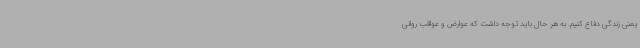
یعنی زندگی دفاع کنیم. به هر حال باید توجه داشت که عوارض و عواقب روانی